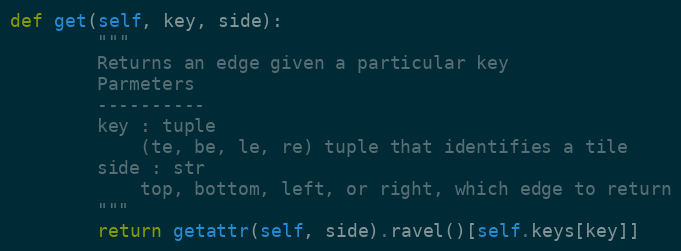
Language: Python
def get(self, key, side):
        """
        Returns an edge given a particular key
        Parmeters
        ----------
        key : tuple
            (te, be, le, re) tuple that identifies a tile
        side : str
            top, bottom, left, or right, which edge to return
        """
        return getattr(self, side).ravel()[self.keys[key]]